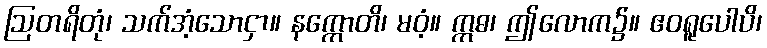
ဩတရိတုံ၊ သက်အံ့သောငှာ။ နက္ကောတိ၊ မဝံ့။ ဣဓ၊ ဤလောက၌။ ဧဝရူပေါပိ၊